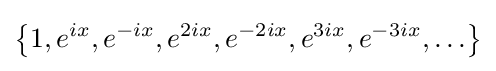
\left\{1,e^{ix},e^{-ix},e^{2ix},e^{-2ix},e^{3ix},e^{-3ix},\ldots \right\}